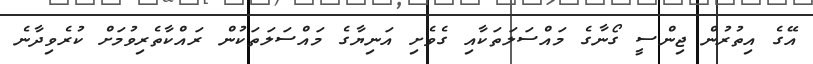
އޭގެ އިތުރުން ޖިންސީ ގޯނާގެ މައްސަލަތަކާއި ގެވެށި އަނިޔާގެ މައްސަލަތަކުން ރައްކާތެރިވުމަށް ކުރެވިދާނެ